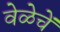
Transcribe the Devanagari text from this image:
वेळेचें